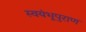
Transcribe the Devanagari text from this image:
स्वयंभूपुराण